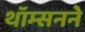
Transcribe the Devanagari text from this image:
थॉम्सनने